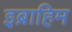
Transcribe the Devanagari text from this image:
इब्राहिम